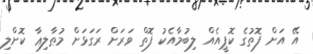
އޭ އަށް ފޮތުގެ ކޮޕީއެއް ލިބުމާއެކު ފޮތް ވަރަށް ރަގަޅަށް މުޠާލިޢާ ކޮށްލި